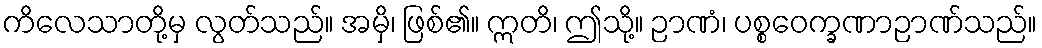
ကိလေသာတို့မှ လွတ်သည်။ အမှိ၊ ဖြစ်၏။ ဣတိ၊ ဤသို့။ ဉာဏံ၊ ပစ္စဝေက္ခဏာဉာဏ်သည်။